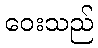
ဝေးသည်